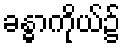
ခန္ဓာကိုယ်၌